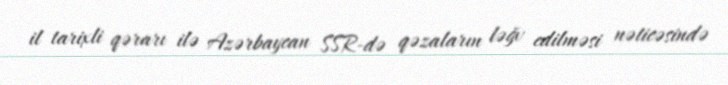
il tarixli qərarı ilə Azərbaycan SSR-də qəzaların ləğv edilməsi nəticəsində